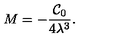
M = - \frac { \mathcal { C } _ { 0 } } { 4 \lambda ^ { 3 } } .